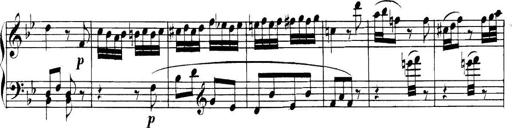
Title: Collected Piano Sonatas
Composer: Muzio Clementi